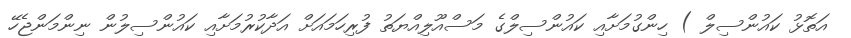
އަތޮޅު ކައުންސިލް ) ހިންގުމަށާއި ކައުންސިލްގެ މަސްއޫލިއްޔަތު ފުރިހަމައަށް އަދާކުރުމަށާއި ކައުންސިލުން ނިންމަންޖެހޭ